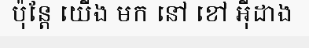
ប៉ុន្តែ យើង មក នៅ ខៅ អ៊ីដាង